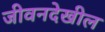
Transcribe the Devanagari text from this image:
जीवनदेखील